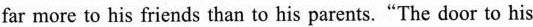
far more to his friends than to his parents."The door to his